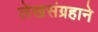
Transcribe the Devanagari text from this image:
लेखसंग्रहाने